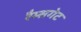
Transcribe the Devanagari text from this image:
रैम्सगेट